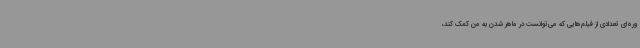
وره‌ای تعدادی از فیلم‌هایی که می‌توانست در ماهر شدن به من کمک کند،